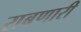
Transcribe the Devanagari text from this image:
राबणारी